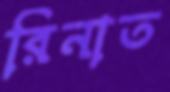
রিনাত